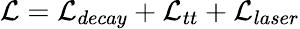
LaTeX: \mathcal{L}=\mathcal{L}_{decay}+\mathcal{L}_{tt}+\mathcal{L}_{laser}